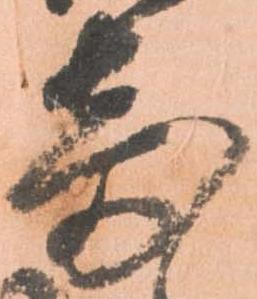
寄